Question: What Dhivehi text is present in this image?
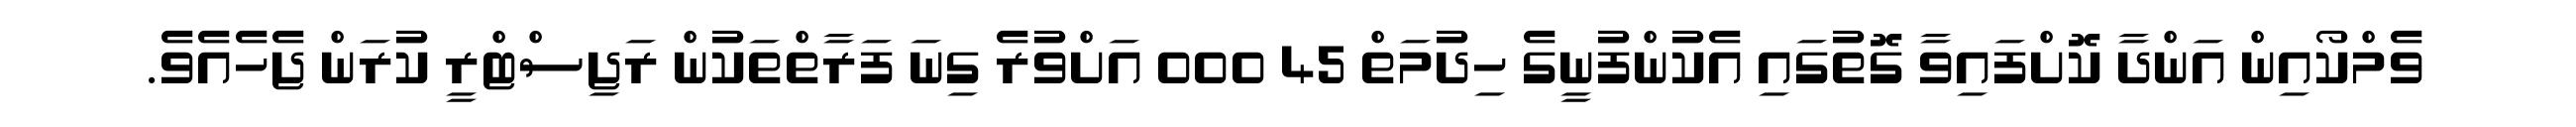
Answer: ވެމްކޯއިން އަންދާ ކޮށްފައިވާ ގޮތުގައި އެކުންފުނީގެ ހިދުމަތް 45 000 އަށްވުރެ ގިނަ ފަރާތްތަކުން ރަޖިސްޓްރީ ކުރަން ޖެހެއެވެ.